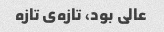
عالی بود، تازه‌ی تازه